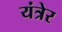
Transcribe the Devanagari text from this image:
यंत्रेर